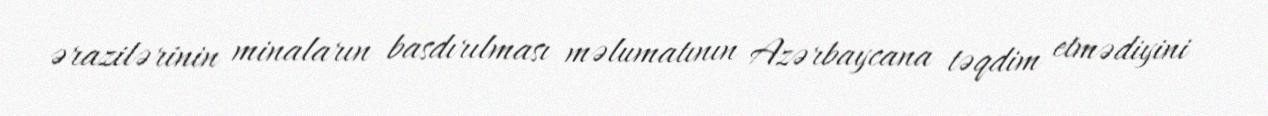
ərazilərinin minaların basdırılması məlumatının Azərbaycana təqdim etmədiyini